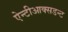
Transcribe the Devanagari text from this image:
ऐन्टीआक्सडन्ट